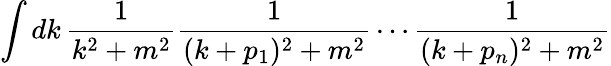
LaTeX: \int dk\, {\frac{1}{k^{2}+m^{2}}}{\frac{1}{(k+p_{1})^{2}+m^{2}}}\cdots{\frac{1}{(k+p_{n})^{2}+m^{2}}}